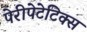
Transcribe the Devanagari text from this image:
पेरीपेटेटिक्स